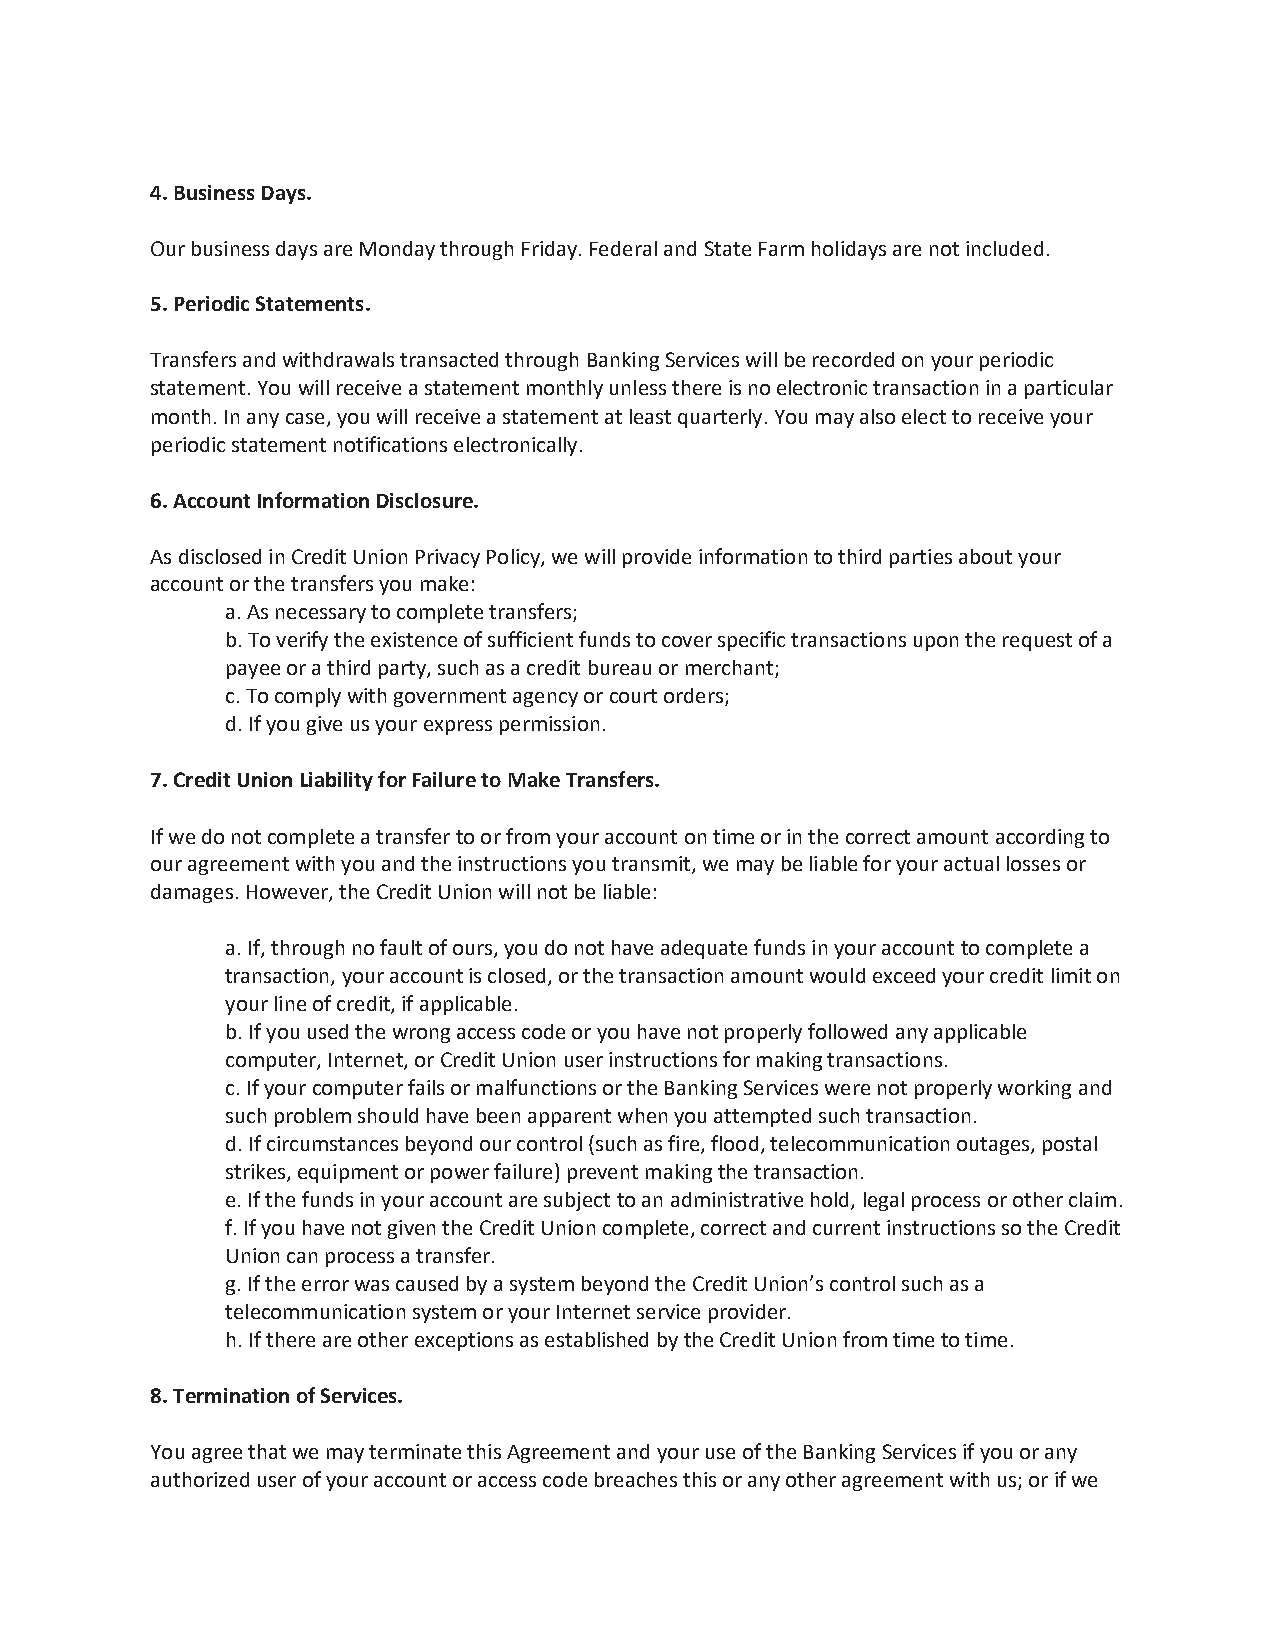
4. Business Days.
 Our business days are Monday through Friday. Federal and State Farm holidays are not included.
 5. Periodic Statements.
 Transfers and withdrawals transacted through Banking Services will be recorded on your periodic
 statement. You will receive a statement monthly unless there is no electronic transaction in a particular
 month. In any case, you will receive a statement at least quarterly. You may also elect to receive your
 periodic statement notifications electronically.
 6. Account Information Disclosure.
 As disclosed in Credit Union Privacy Policy, we will provide information to third parties about your
 account or the transfers you make:
 a. As necessary to complete transfers;
 b. To verify the existence of sufficient funds to cover specific transactions upon the request of a
 payee or a third party, such as a credit bureau or merchant;
 c. To comply with government agency or court orders;
 d. If you give us your express permission.
 7. Credit Union Liability for Failure to Make Transfers.
 If we do not complete a transfer to or from your account on time or in the correct amount according to
 our agreement with you and the instructions you transmit, we may be liable for your actual losses or
 damages. However, the Credit Union will not be liable:
 a. If, through no fault of ours, you do not have adequate funds in your account to complete a
 transaction, your account is closed, or the transaction amount would exceed your credit limit on
 your line of credit, if applicable.
 b. If you used the wrong access code or you have not properly followed any applicable
 computer, Internet, or Credit Union user instructions for making transactions.
 c. If your computer fails or malfunctions or the Banking Services were not properly working and
 such problem should have been apparent when you attempted such transaction.
 d. If circumstances beyond our control (such as fire, flood, telecommunication outages, postal
 strikes, equipment or power failure) prevent making the transaction.
 e. If the funds in your account are subject to an administrative hold, legal process or other claim.
 f. If you have not given the Credit Union complete, correct and current instructions so the Credit
 Union can process a transfer.
 g. If the error was caused by a system beyond the Credit Union’s control such as a
 telecommunication system or your Internet service provider.
 h. If there are other exceptions as established by the Credit Union from time to time.
 8. Termination of Services.
 You agree that we may terminate this Agreement and your use of the Banking Services if you or any
 authorized user of your account or access code breaches this or any other agreement with us; or if we